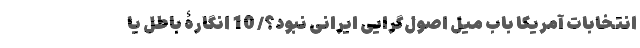
انتخابات آمریکا باب میل اصول‌گرایی ایرانی نبود؟/ 10 انگارۀ باطل یا